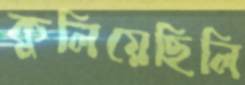
কুলিয়েছিলি